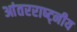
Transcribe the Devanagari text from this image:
आंतरराष्ट्नीय